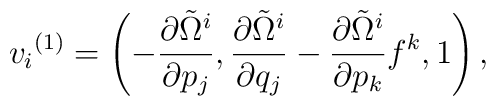
{v_i}^{(1)}=\left(-{\partial{\tilde\Omega}^i\over\partial p_j}, {\partial{\tilde\Omega}^i\over\partial q_j}-{\partial{\tilde\Omega}^i\over\partial p_k}f^k, 1  \right),